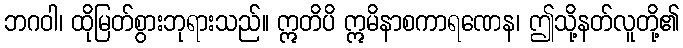
ဘဂဝါ၊ ထိုမြတ်စွားဘုရားသည်။ ဣတိပိ ဣမိနာစကာရဏေန၊ ဤသို့နတ်လူတို့၏